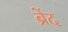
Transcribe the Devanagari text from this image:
ब्रेंद